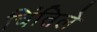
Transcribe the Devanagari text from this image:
चिंतिले